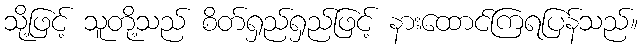
သို့ဖြင့် သူတို့သည် စိတ်ရှည်ရှည်ဖြင့် နားထောင်ကြရပြန်သည်။